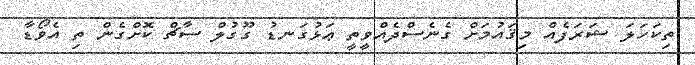
ތިކަހަލަ ޝަރަފެއް މިޤައުމަށް ގެނެސްދެއްވީތީ ޢަޅުގަނޑު ގޫގުލް ސާޗް ކޮށްގެން ތި އެވޯޑާ